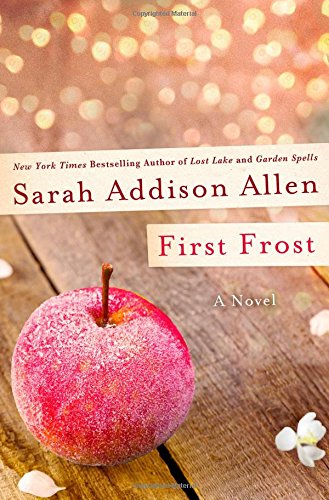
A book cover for First Frost; Sarah Addison Allen; Literature & Fiction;